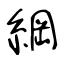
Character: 綱